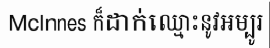
Mclnnes ក៏ដាក់ឈ្មោះនូវអម្បូរ